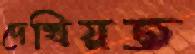
দেখিয়ত